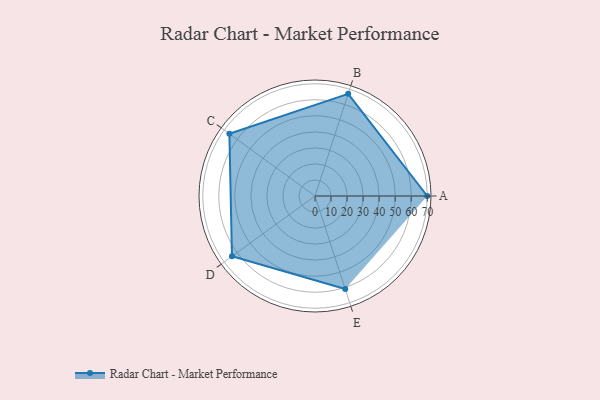
{"axis": {"x": "Skill", "y": "Score"}, "legend": ["Profile"], "data": [{"x": "A", "y": 70.0, "type": "Profile"}, {"x": "B", "y": 67.0, "type": "Profile"}, {"x": "C", "y": 66.0, "type": "Profile"}, {"x": "D", "y": 64.0, "type": "Profile"}, {"x": "E", "y": 61.0, "type": "Profile"}]}